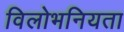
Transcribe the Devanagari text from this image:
विलोभनियता